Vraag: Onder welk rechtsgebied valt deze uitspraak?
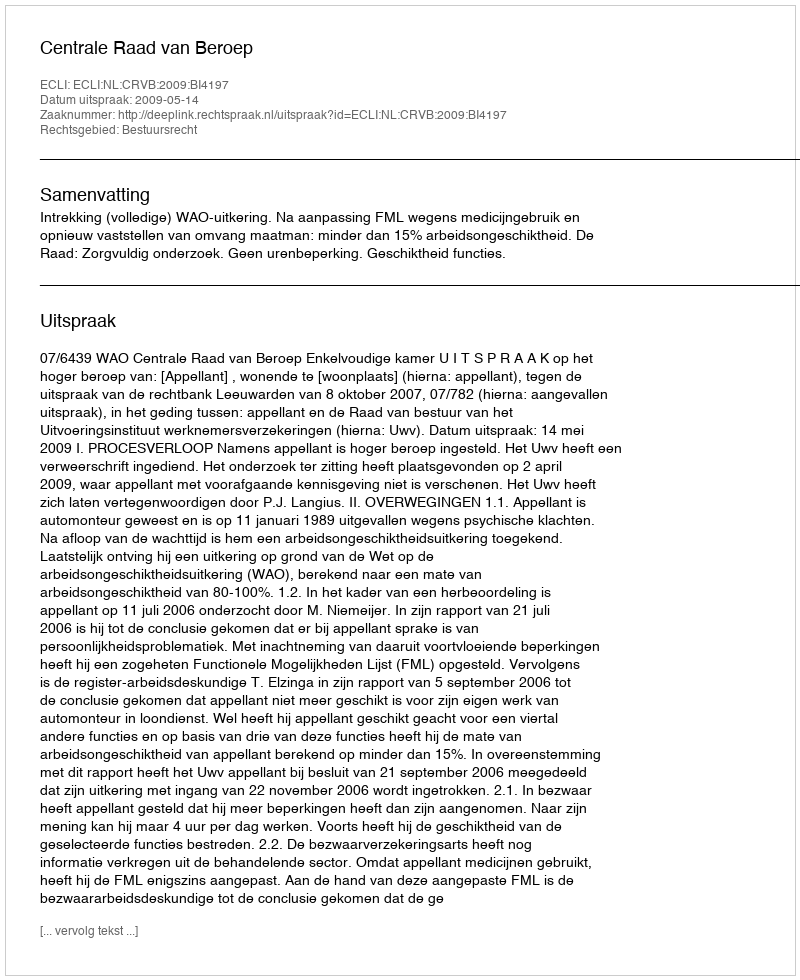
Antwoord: Bestuursrecht